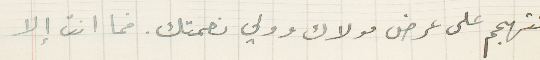
تتهجم على عرض مولاك وولي نعمتك. فما انت إلا